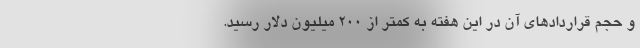
و حجم قرارداد‌های آن در این هفته به کمتر از ۲۰۰ میلیون دلار رسید.